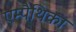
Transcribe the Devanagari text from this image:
एम्पैथिका